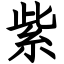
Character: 紫